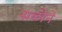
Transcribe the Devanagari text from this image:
सळीने